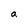
Character: a